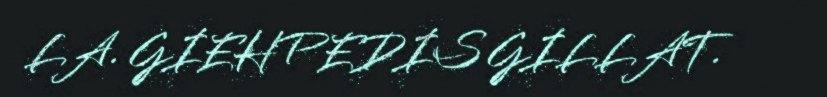
LA. GIEHPEDIS GILLAT.